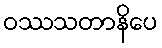
ဝဿသတာနိပေ